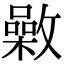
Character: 𣀉